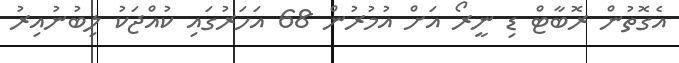
އެގޮތުން ރޮބާޓް ޑި ނީރޯ އަށް އުމުރުން 68 އަހަރުގައި ކުއްޖަކު ލިބުނުއިރު